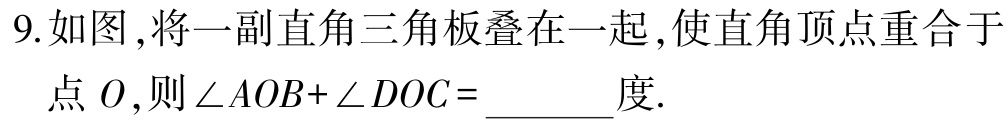
9.如图,将一副直角三角板叠在一起,使直角顶点重合于点\(O\),则\(\angle AOB + \angle DOC =\)______度.